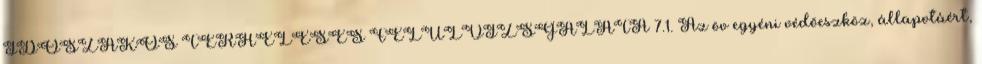
IDÕSZAKOS TERHELÉSES FELÜLVIZSGÁLATA 7.1. Az öv egyéni védõeszköz, állapotáért,